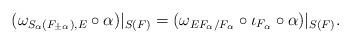
LaTeX: \begin{align*}(\omega_{S_{\alpha}(F_{\pm\alpha}),E}\circ\alpha)|_{S(F)}=(\omega_{EF_{\alpha}/F_{\alpha}}\circ\iota_{F_\alpha}\circ\alpha)|_{S(F)}.\end{align*}